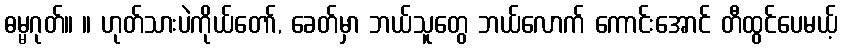
ဓမ္မဂုတ်။ ။ ဟုတ်သားပဲကိုယ်တော်, ခေတ်မှာ ဘယ်သူတွေ ဘယ်လောက် ကောင်းအောင် တီထွင်ပေမယ့်